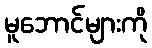
မူဘောင်များကို